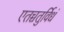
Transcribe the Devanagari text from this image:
एतच्चतुर्विधं